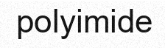
polyimide